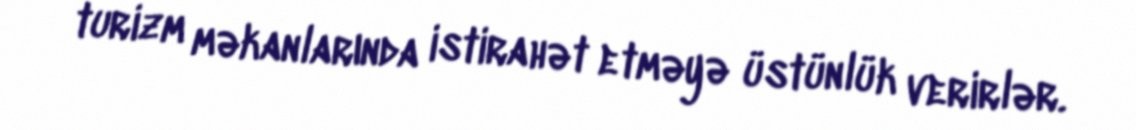
turizm məkanlarında istirahət etməyə üstünlük verirlər.